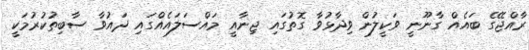
ރާއްޖޭގެ ބައެއް ގާނޫނީ ވަކީލުން ވިދާޅުވާ ގޮތުގައި ޖިނާއީ މައްސަލައެއްގައި ދައުވާ ސާބިތުކުރުމަކީ